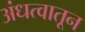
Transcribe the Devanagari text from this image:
अंधत्वातून